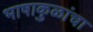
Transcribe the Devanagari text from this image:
भाषाकुळांचा